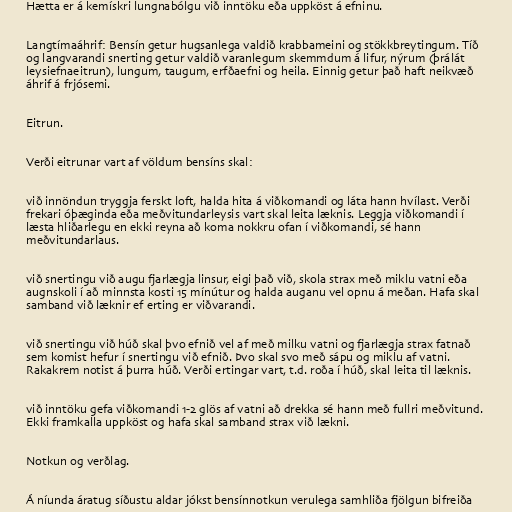
Hætta er á kemískri lungnabólgu við inntöku eða uppköst á efninu.

Langtímaáhrif: Bensín getur hugsanlega valdið krabbameini og stökkbreytingum. Tíð
og langvarandi snerting getur valdið varanlegum skemmdum á lifur, nýrum (þrálát
leysiefnaeitrun), lungum, taugum, erfðaefni og heila. Einnig getur það haft neikvæð
áhrif á frjósemi.

Eitrun.

Verði eitrunar vart af völdum bensíns skal:

við innöndun tryggja ferskt loft, halda hita á viðkomandi og láta hann hvílast. Verði
frekari óþæginda eða meðvitundarleysis vart skal leita læknis. Leggja viðkomandi í
læsta hliðarlegu en ekki reyna að koma nokkru ofan í viðkomandi, sé hann
meðvitundarlaus.

við snertingu við augu fjarlægja linsur, eigi það við, skola strax með miklu vatni eða
augnskoli í að minnsta kosti 15 mínútur og halda auganu vel opnu á meðan. Hafa skal
samband við læknir ef erting er viðvarandi.

við snertingu við húð skal þvo efnið vel af með milku vatni og fjarlægja strax fatnað
sem komist hefur í snertingu við efnið. Þvo skal svo með sápu og miklu af vatni.
Rakakrem notist á þurra húð. Verði ertingar vart, t.d. roða í húð, skal leita til læknis.

við inntöku gefa viðkomandi 1-2 glös af vatni að drekka sé hann með fullri meðvitund.
Ekki framkalla uppköst og hafa skal samband strax við lækni.

Notkun og verðlag.

Á níunda áratug síðustu aldar jókst bensínnotkun verulega samhliða fjölgun bifreiða